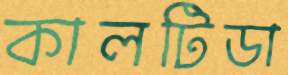
কালটিডা